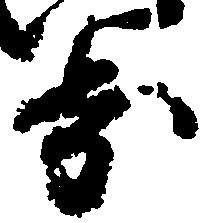
歩